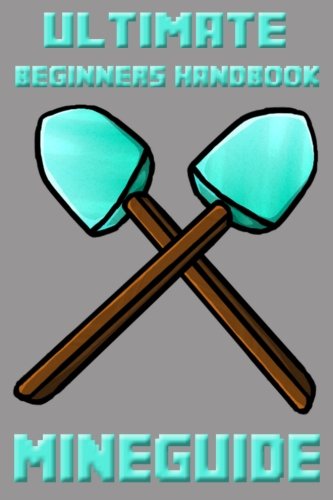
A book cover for Ultimate Beginners Handbook: Unofficial Minecraft Guides (MineGuide - Unofficial Guide to Minecraft) (Volume 1); Lars Petersson; Children's Books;